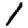
Digit: 1